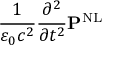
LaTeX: { \frac { 1 } { \varepsilon _ { 0 } c ^ { 2 } } } { \frac { \partial ^ { 2 } } { \partial t ^ { 2 } } } \mathbf { P } ^ { \mathrm { N L } }